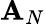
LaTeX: \mathbf{A}_{N}